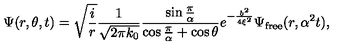
\Psi ( r , \theta , t ) = \sqrt { { \frac { i } { r } } } { \frac { 1 } { \sqrt { 2 \pi k _ { 0 } } } } { \frac { \sin { \frac { \pi } { \alpha } } } { \cos { \frac { \pi } { \alpha } } + \cos \theta } } e ^ { - { \frac { b ^ { 2 } } { 4 \xi ^ { 2 } } } } \Psi _ { \mathrm { { f r e e } } } ( r , \alpha ^ { 2 } t ) ,